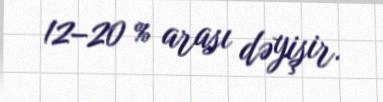
12–20 % arası dəyişir.